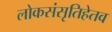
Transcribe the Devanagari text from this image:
लोकसंसृतिहेतव